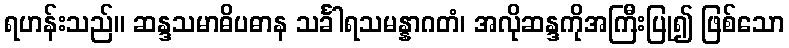
ရဟန်းသည်။ ဆန္ဒသမာဓိပဓာန သင်္ခါရသမန္နာဂတံ၊ အလိုဆန္ဒကိုအကြီးပြု၍ ဖြစ်သော